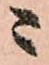
ニ